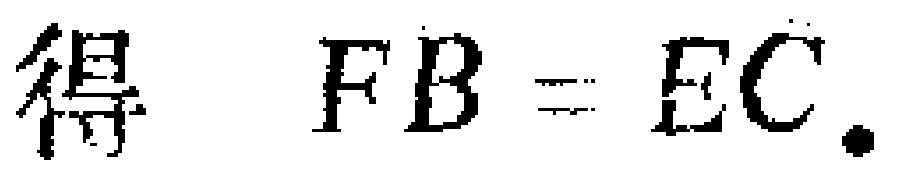
得 \(FB = EC\).